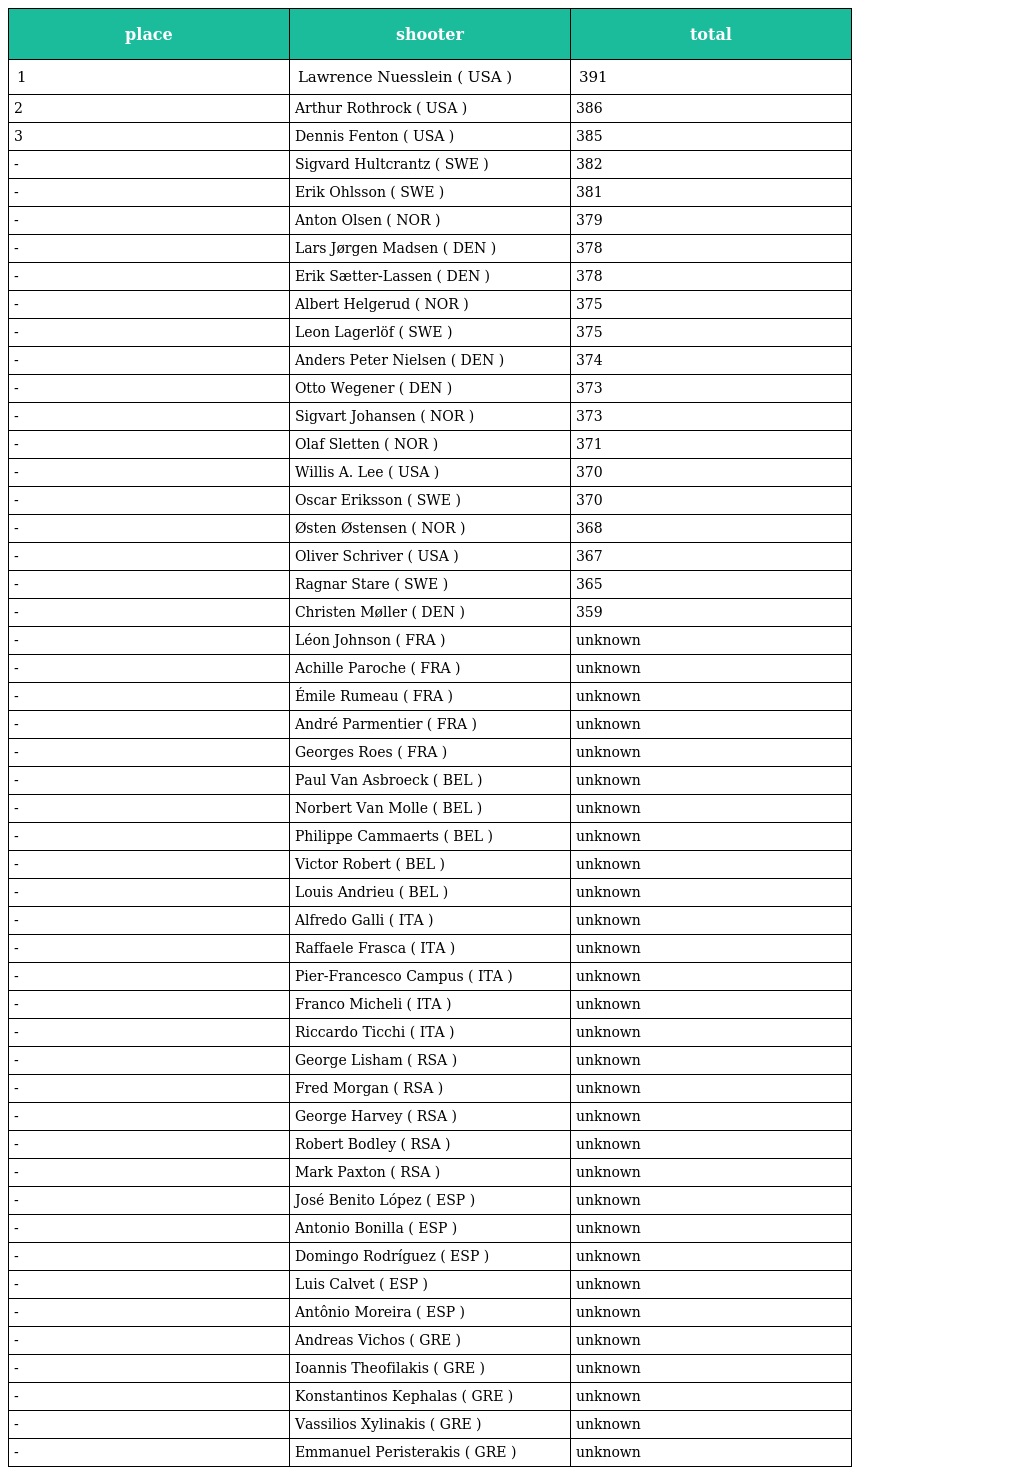
| place | shooter | total |
 | --- | --- | --- |
 | 1 | Lawrence Nuesslein ( USA ) | 391 |
 | 2 | Arthur Rothrock ( USA ) | 386 |
 | 3 | Dennis Fenton ( USA ) | 385 |
 | - | Sigvard Hultcrantz ( SWE ) | 382 |
 | - | Erik Ohlsson ( SWE ) | 381 |
 | - | Anton Olsen ( NOR ) | 379 |
 | - | Lars Jørgen Madsen ( DEN ) | 378 |
 | - | Erik Sætter-Lassen ( DEN ) | 378 |
 | - | Albert Helgerud ( NOR ) | 375 |
 | - | Leon Lagerlöf ( SWE ) | 375 |
 | - | Anders Peter Nielsen ( DEN ) | 374 |
 | - | Otto Wegener ( DEN ) | 373 |
 | - | Sigvart Johansen ( NOR ) | 373 |
 | - | Olaf Sletten ( NOR ) | 371 |
 | - | Willis A. Lee ( USA ) | 370 |
 | - | Oscar Eriksson ( SWE ) | 370 |
 | - | Østen Østensen ( NOR ) | 368 |
 | - | Oliver Schriver ( USA ) | 367 |
 | - | Ragnar Stare ( SWE ) | 365 |
 | - | Christen Møller ( DEN ) | 359 |
 | - | Léon Johnson ( FRA ) | unknown |
 | - | Achille Paroche ( FRA ) | unknown |
 | - | Émile Rumeau ( FRA ) | unknown |
 | - | André Parmentier ( FRA ) | unknown |
 | - | Georges Roes ( FRA ) | unknown |
 | - | Paul Van Asbroeck ( BEL ) | unknown |
 | - | Norbert Van Molle ( BEL ) | unknown |
 | - | Philippe Cammaerts ( BEL ) | unknown |
 | - | Victor Robert ( BEL ) | unknown |
 | - | Louis Andrieu ( BEL ) | unknown |
 | - | Alfredo Galli ( ITA ) | unknown |
 | - | Raffaele Frasca ( ITA ) | unknown |
 | - | Pier-Francesco Campus ( ITA ) | unknown |
 | - | Franco Micheli ( ITA ) | unknown |
 | - | Riccardo Ticchi ( ITA ) | unknown |
 | - | George Lisham ( RSA ) | unknown |
 | - | Fred Morgan ( RSA ) | unknown |
 | - | George Harvey ( RSA ) | unknown |
 | - | Robert Bodley ( RSA ) | unknown |
 | - | Mark Paxton ( RSA ) | unknown |
 | - | José Benito López ( ESP ) | unknown |
 | - | Antonio Bonilla ( ESP ) | unknown |
 | - | Domingo Rodríguez ( ESP ) | unknown |
 | - | Luis Calvet ( ESP ) | unknown |
 | - | Antônio Moreira ( ESP ) | unknown |
 | - | Andreas Vichos ( GRE ) | unknown |
 | - | Ioannis Theofilakis ( GRE ) | unknown |
 | - | Konstantinos Kephalas ( GRE ) | unknown |
 | - | Vassilios Xylinakis ( GRE ) | unknown |
 | - | Emmanuel Peristerakis ( GRE ) | unknown |